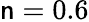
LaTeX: \mathsf{n}=0.6